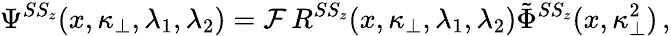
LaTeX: \Psi^{SS_{z}}(x,\kappa_{\bot},\lambda_{1},\lambda_{2})={\cal F}\, R^{SS_{z}}(x,\kappa_{\bot},\lambda_{1},\lambda_{2})\tilde{\Phi}^{SS_{z}}(x,\kappa_{\bot}^{2})\, ,